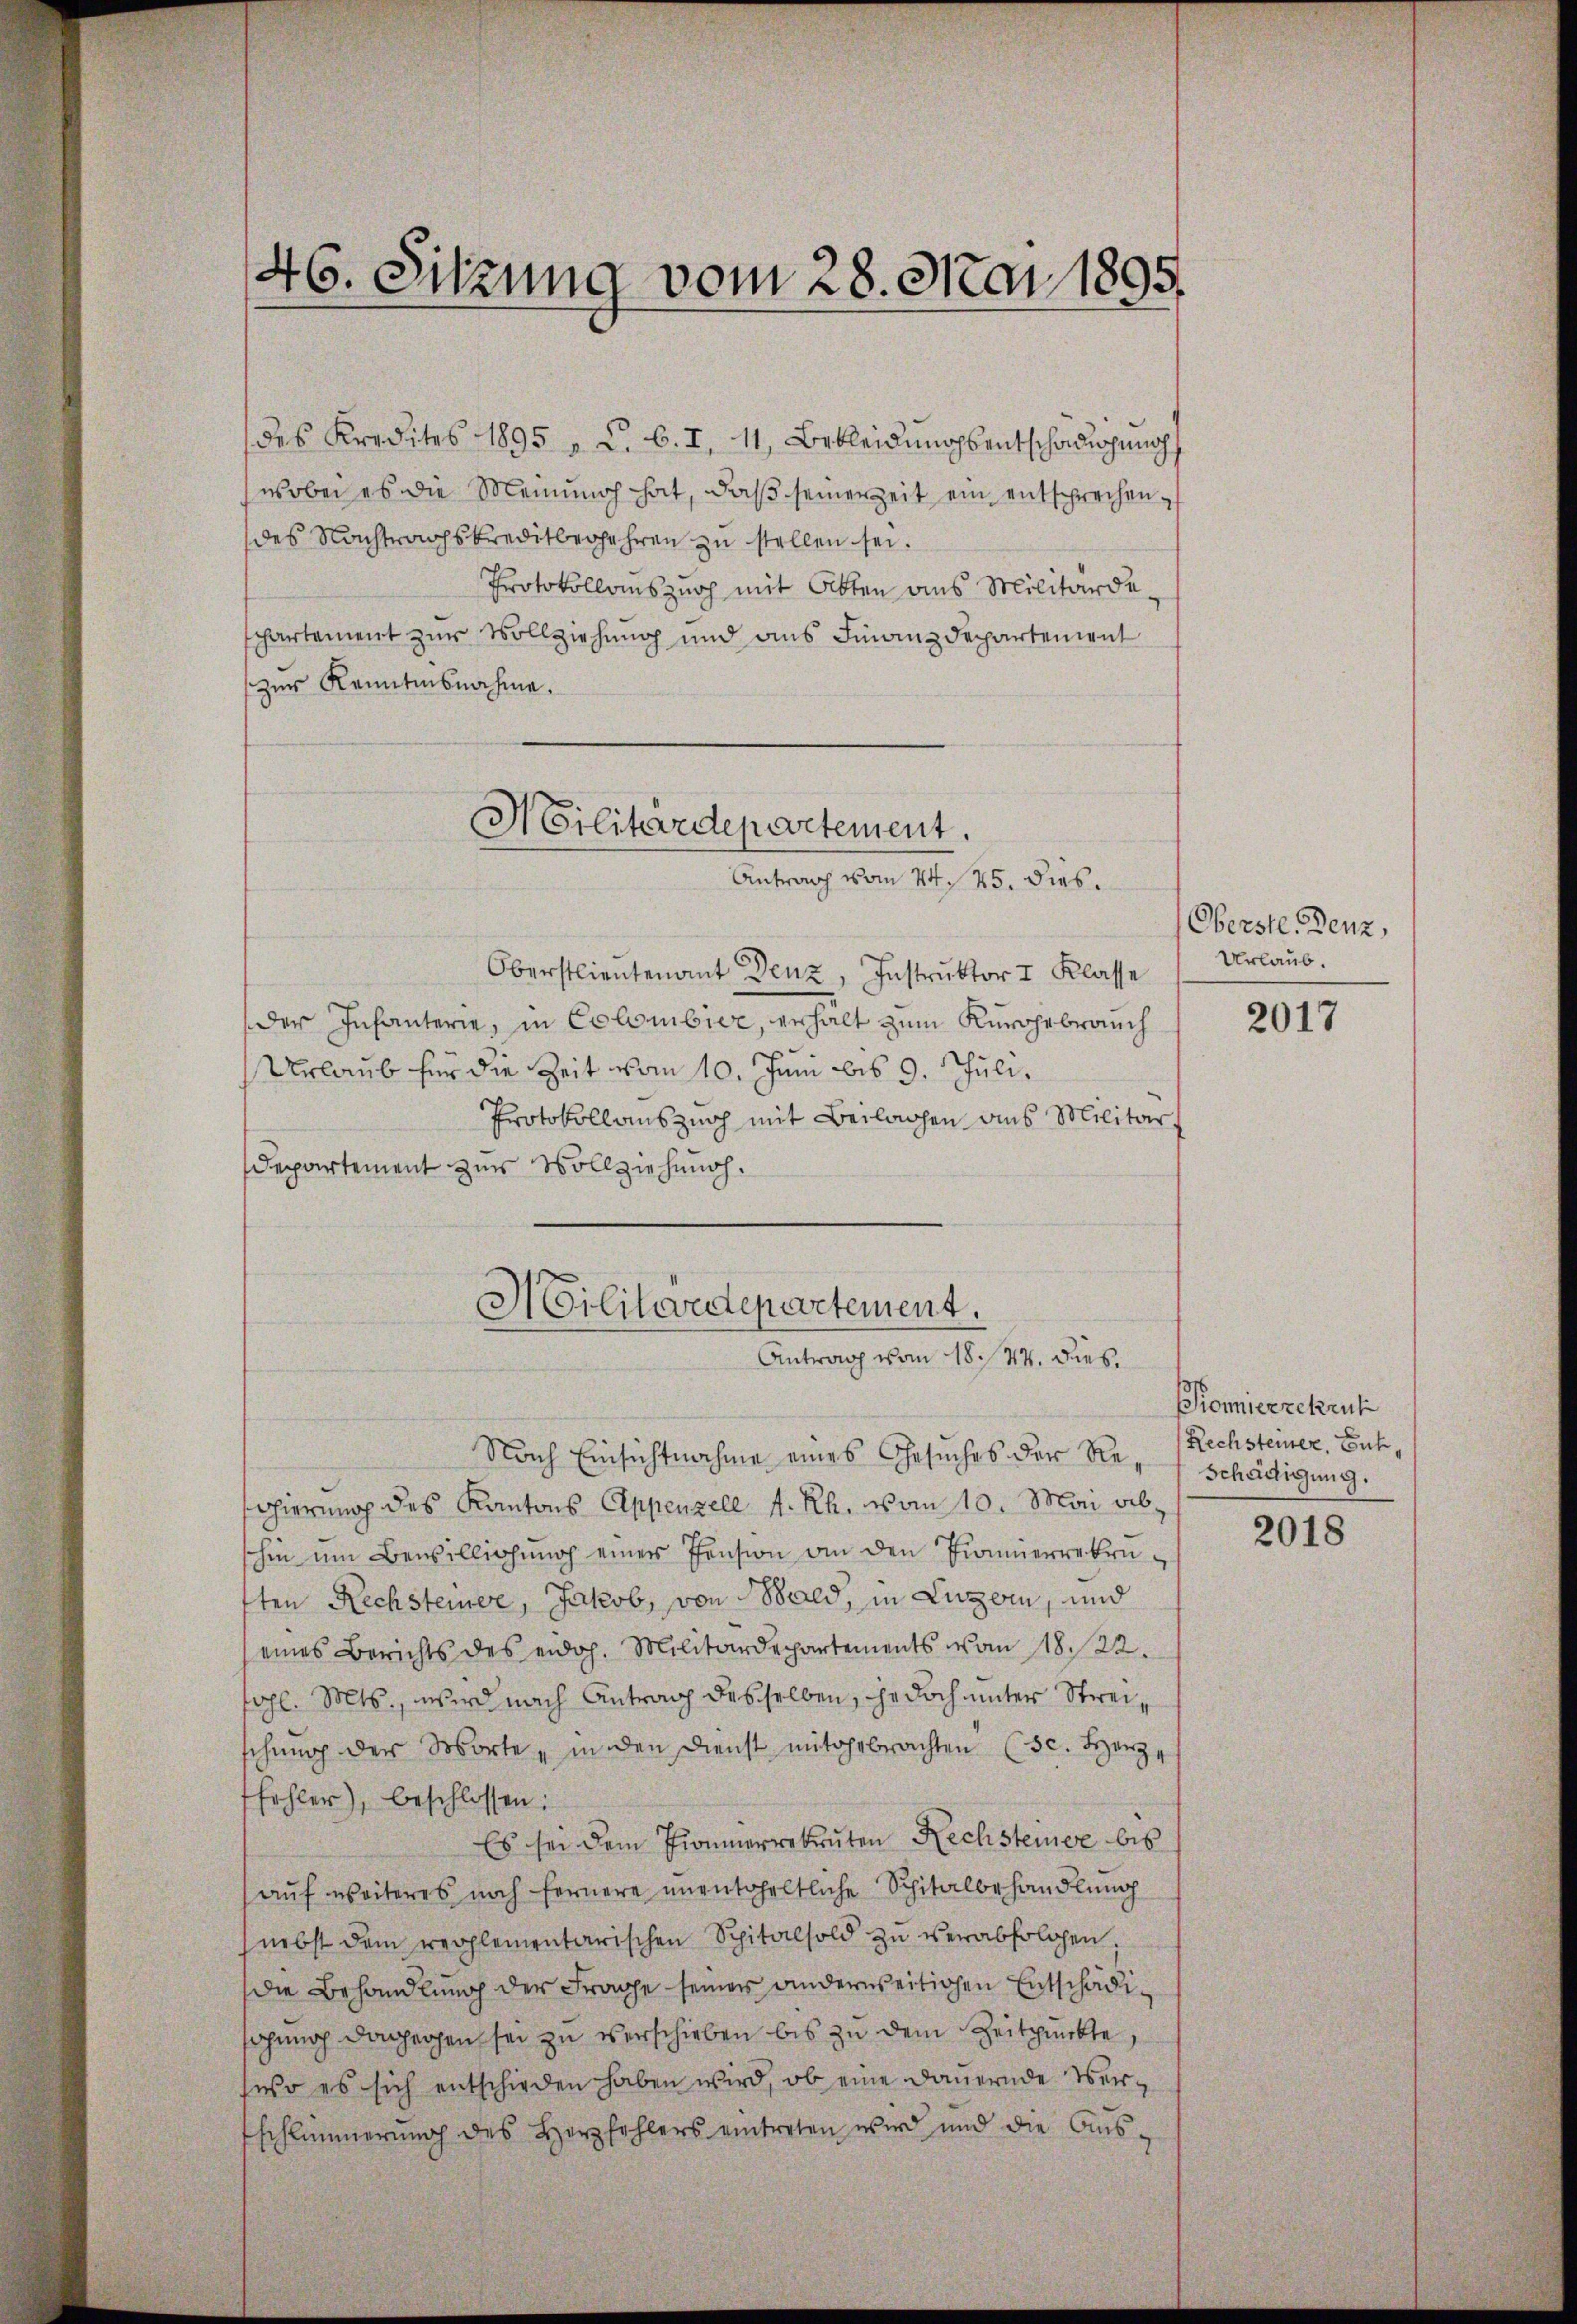
des Kredites 1895 . C. C. I. 11, Bekleidungsentschädigung
wobei es die Meinung hat, daß seiner Zeit ein entsprechen
des Nachtragskreditbegehren zu stellen sei.
Protokollauszurh mit Otten aus Militärde
partement zur Vollziehung und aus Finanzdepartement
zur Kenntnisnahme.

46. Sitzung vom 28. Mai 1895.

Militärdepartement.
Antrag vom 24. 45. dies

Oberstlieutenant Denz, Instrŭktor I Klasse
der Infanterie, in Colombier, erhalt zum Kurhebrauch
Urlaub für die Zeit vom 10. Juni bis 9. Juli.
Protokoll auszug mit Beilagen aus Militar-
Departement zur Vollziehung.
Militärdepartement.
Antrag vom 18. 44. Dies

Nach Einsichtnahme eines Gesuches der Re¬
Thierung des Kantons Appenzele 4. Rh. vom 10. Mai abhin um Bewilligŭng einer Pension an den Finnerrekruften Rechsteiner, Jakob, von Bald, in Luzern, und
eines Berichts des eidoh. Militärdepartements vom 18. 22.
gl. Mts., wird nach Antrag desselben, jedoch unter Streischung der Worte „in den Dienst mitgebrachten (sc. Herz
fehler), beschlossen:
Es sei dem Pionierrekruten Rechsteiner bis
auf weiteres noch fernere unentgeltliche Schitalbehandlung
nebst dem reglementarischen Spitalsold zŭ verabfolgen;
die Behandlung der Frage seiner anderweitigen Entschädiahung dagegen sei zu verschieben bis zu dem Zeitpunkte,
wo es sich entschieden haben wird, ob eine Dauernde Ver¬
Eschlimmerung des Herzfehlers eintreten wird und die Aus-

Oberste Benz,
Urlaub.

2017

Pionierzekrut
Rechsteuer, Euch,
Schädigung.

2018